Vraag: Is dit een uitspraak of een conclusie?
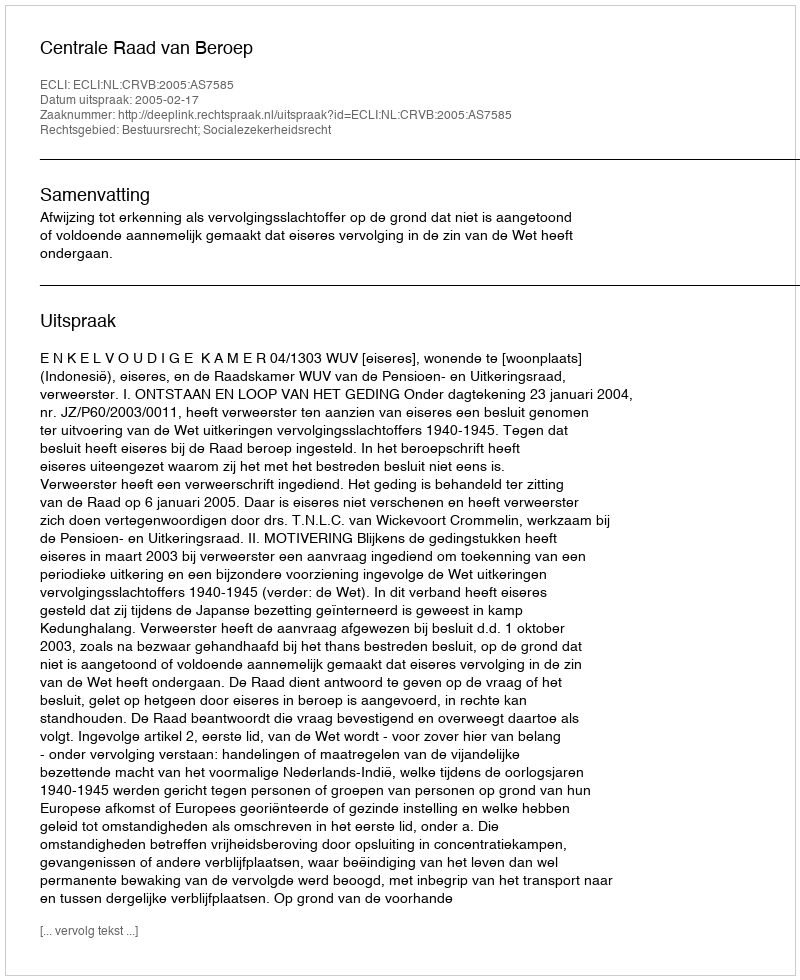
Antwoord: Uitspraak